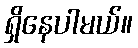
ရှိနေပါမယ်။